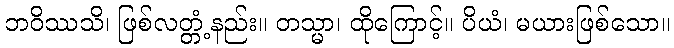
ဘဝိဿသိ၊ ဖြစ်လတ္တံ့နည်း။ တသ္မာ၊ ထိုကြောင့်။ ပိယံ၊ မယားဖြစ်သော။